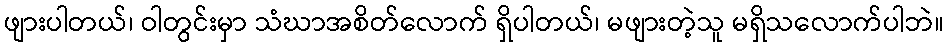
ဖျားပါတယ်၊ ဝါတွင်းမှာ သံဃာအစိတ်လောက် ရှိပါတယ်၊ မဖျားတဲ့သူ မရှိသလောက်ပါဘဲ။